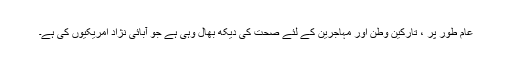
عام طور پر ، تارکین وطن اور مہاجرین کے لئے صحت کی دیکھ بھال وہی ہے جو آبائی نژاد امریکیوں کی ہے۔